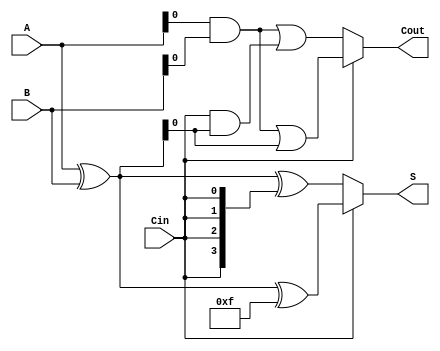
module ConditionalSumAdder (
    input [3:0] A,        // 4-bit input A
    input [3:0] B,        // 4-bit input B
    input Cin,            // Carry-in
    output [3:0] S,       // 4-bit sum output
    output Cout           // Carry-out
);

// Intermediate wires for partial sums and carries
wire [3:0] S0, S1; // Partial sums for Cin = 0 and Cin = 1
wire C0, C1;       // Carry outputs for Cin = 0 and Cin = 1

// Partial sum calculations
assign S0 = A ^ B ^ {4{Cin}}; // S0 = A XOR B XOR Cin
assign S1 = A ^ B ^ 4'b1111;   // S1 = A XOR B XOR 1

// Carry generation
assign C0 = (A & B) | (Cin & (A ^ B)); // C0 = (A AND B) OR (Cin AND (A XOR B))
assign C1 = (A & B) | (1'b1 & (A ^ B)); // C1 = (A AND B) OR (1 AND (A XOR B))

// Final sum and carry-out selection
assign S = Cin ? S1 : S0; // Select S1 if Cin = 1, otherwise S0
assign Cout = Cin ? C1 : C0; // Select C1 if Cin = 1, otherwise C0

endmodule